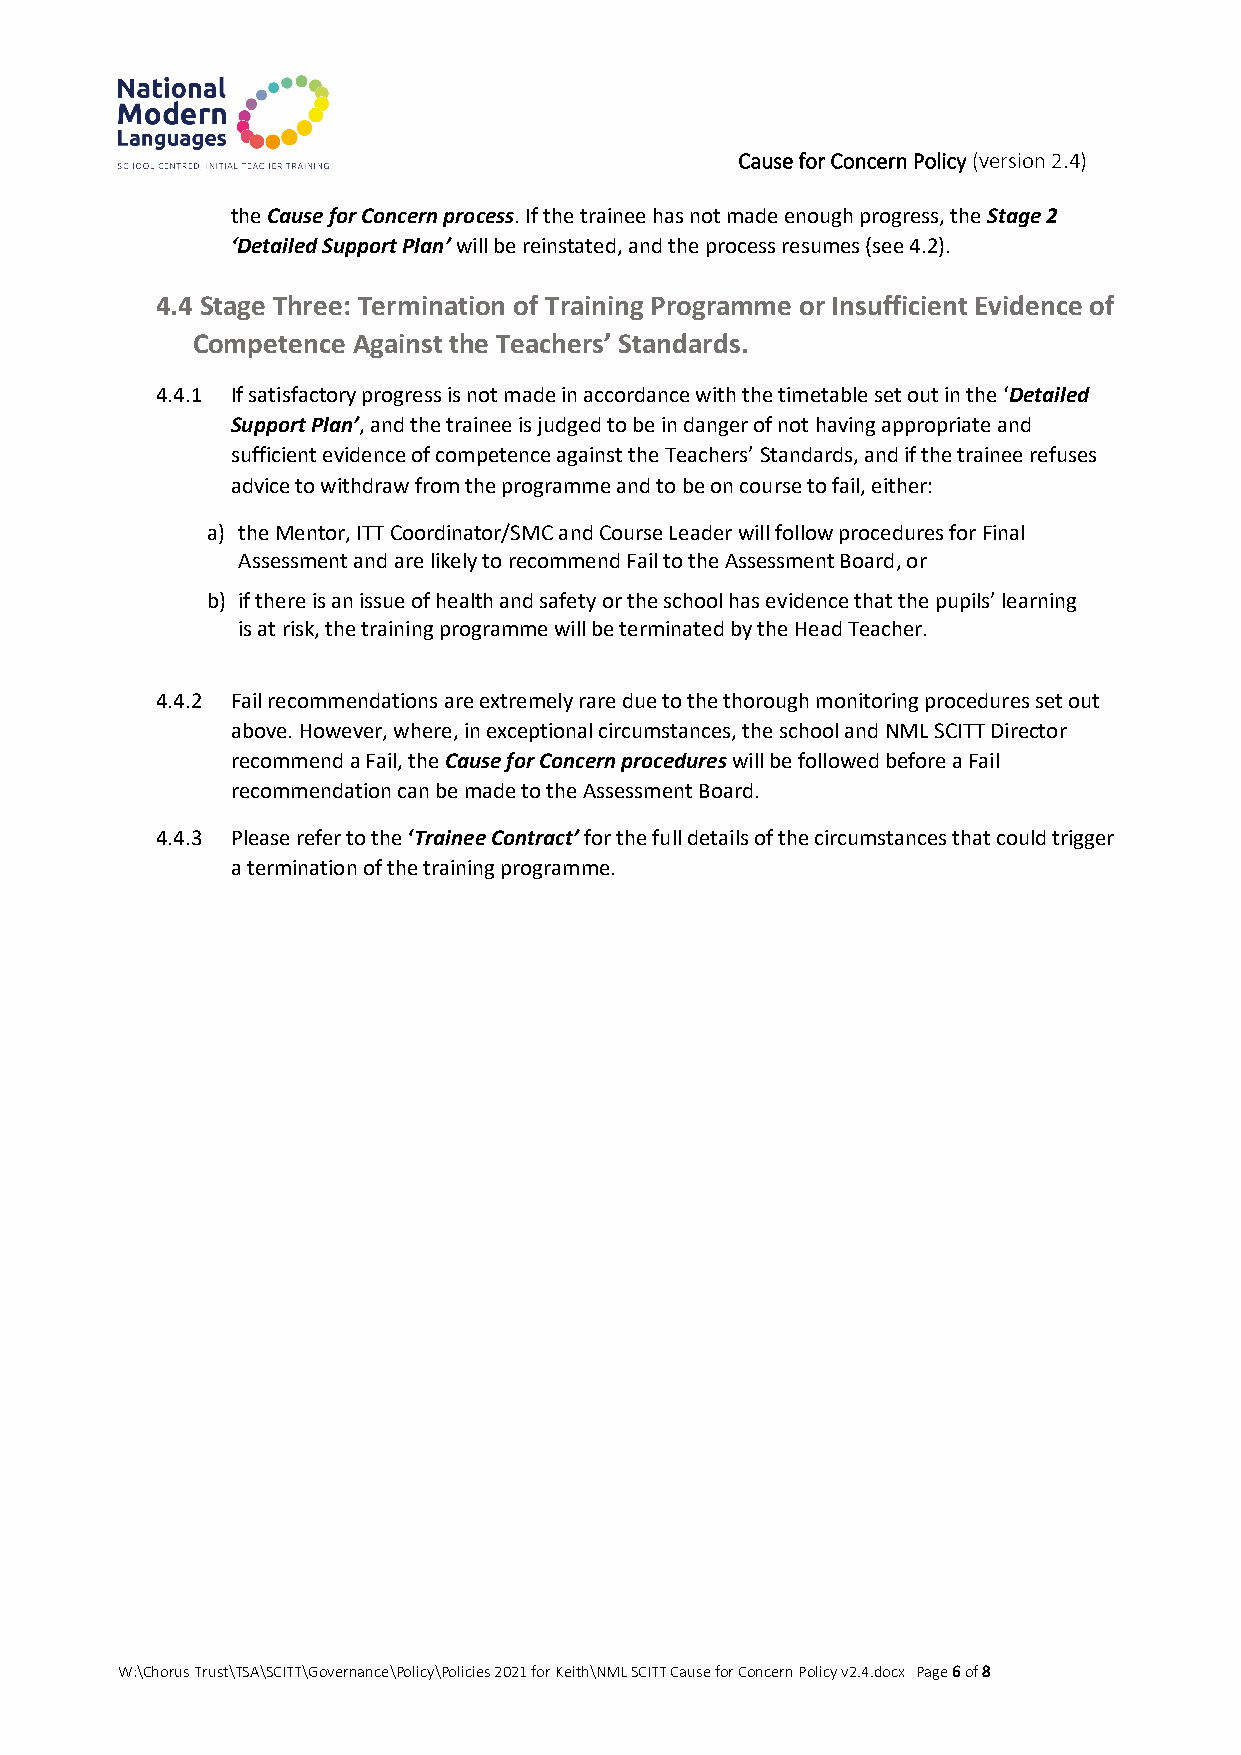
Cause for Concern Policy (version 2.4)
 the Cause for Concern process. If the trainee has not made enough progress, the Stage 2
 ‘Detailed Support Plan’ will be reinstated, and the process resumes (see 4.2).
 4.4 Stage Three: Termination of Training Programme or Insufficient Evidence of
 Competence Against the Teachers’ Standards.
 4.4.1 If satisfactory progress is not made in accordance with the timetable set out in the ‘Detailed
 Support Plan’, and the trainee is judged to be in danger of not having appropriate and
 sufficient evidence of competence against the Teachers’ Standards, and if the trainee refuses
 advice to withdraw from the programme and to be on course to fail, either:
 a) the Mentor, ITT Coordinator/SMC and Course Leader will follow procedures for Final
 Assessment and are likely to recommend Fail to the Assessment Board, or
 b) if there is an issue of health and safety or the school has evidence that the pupils’ learning
 is at risk, the training programme will be terminated by the Head Teacher.
 4.4.2 Fail recommendations are extremely rare due to the thorough monitoring procedures set out
 above. However, where, in exceptional circumstances, the school and NML SCITT Director
 recommend a Fail, the Cause for Concern procedures will be followed before a Fail
 recommendation can be made to the Assessment Board.
 4.4.3 Please refer to the ‘Trainee Contract’ for the full details of the circumstances that could trigger
 a termination of the training programme.
 W:\Chorus Trust\TSA\SCITT\Governance\Policy\Policies 2021 for Keith\NML SCITT Cause for Concern Policy v2.4.docx Page 6 of 8